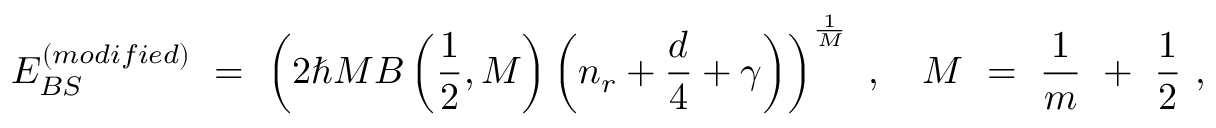
E _ { B S } ^ { ( m o d i f i e d ) } \ = \ \left( 2 \hbar M B \left( \frac { 1 } { 2 } , M \right) \left( n _ { r } + \frac { d } { 4 } + \gamma \right) \right) ^ { \frac { 1 } { M } } \ , \quad M \ = \ \frac { 1 } { m } \ + \ \frac { 1 } { 2 } \ ,